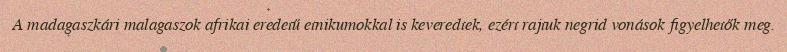
A madagaszkári malagaszok afrikai eredetű etnikumokkal is keveredtek, ezért rajtuk negrid vonások figyelhetők meg.